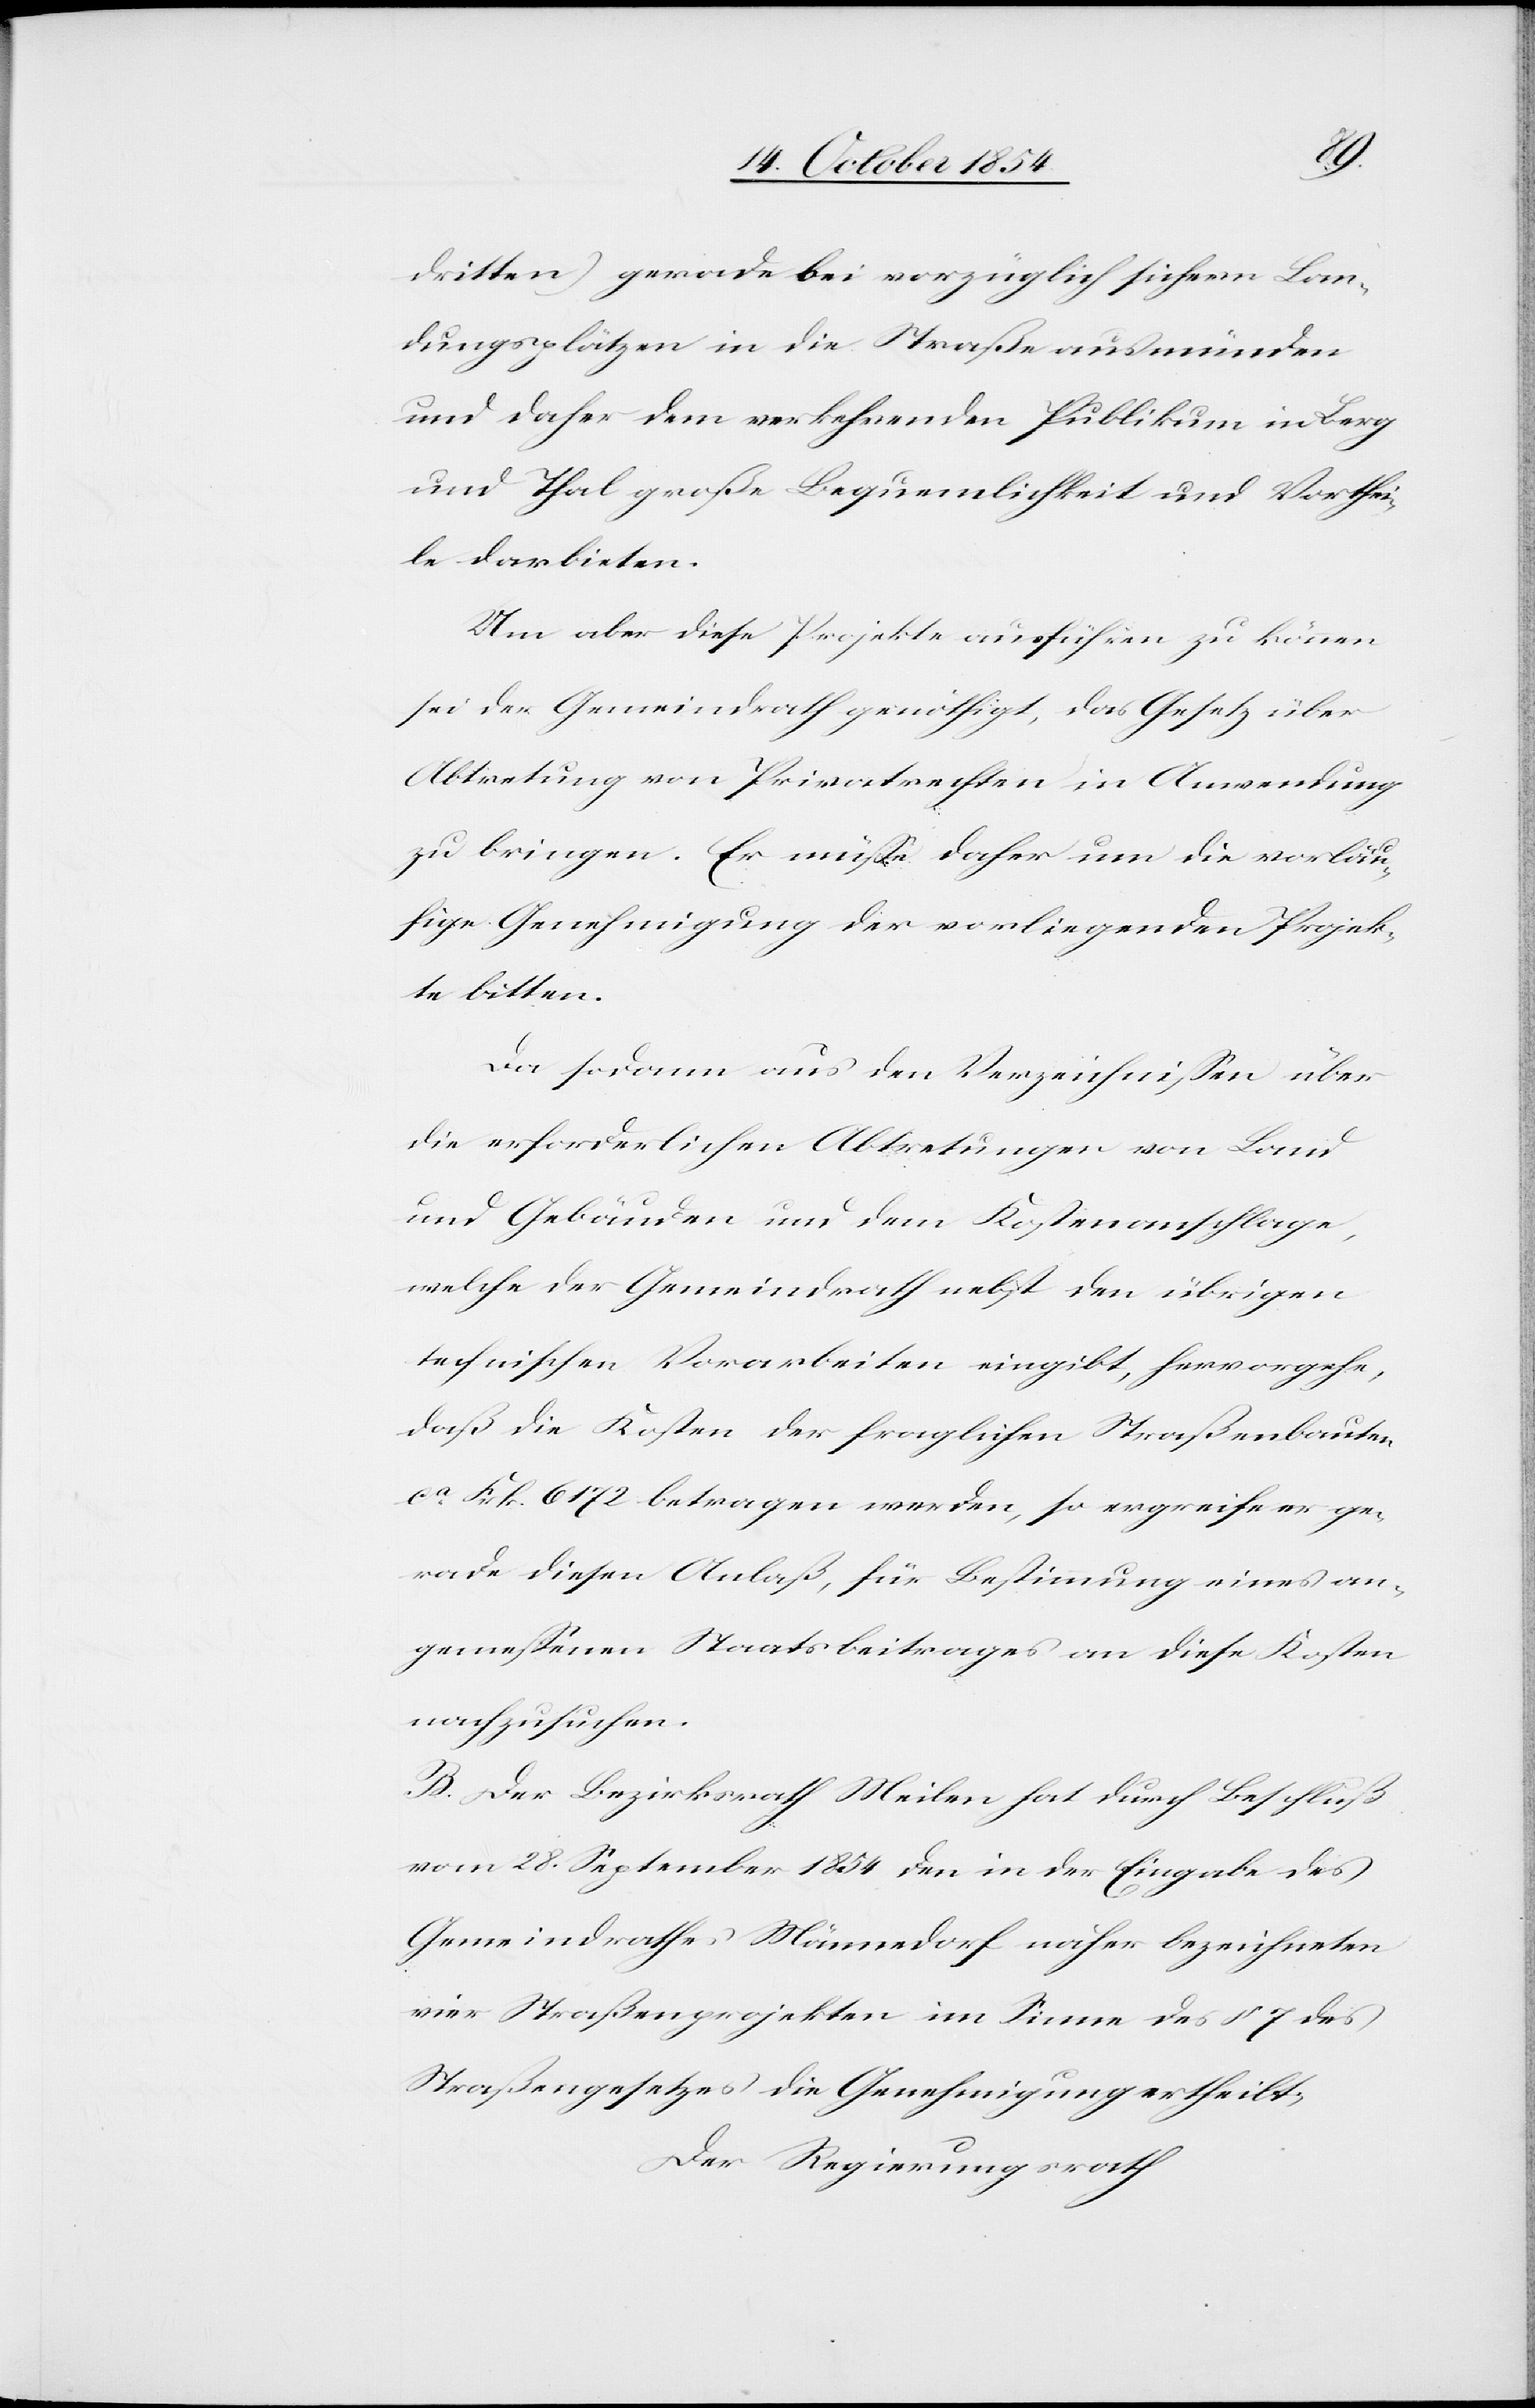
dritten) gerade bei vorzüglich sichern Lan¬
dungsplätzen in die Straße ausmünden
und daher dem verkehrenden Publikum in Berg
und Thal große Bequemlichkeit und Vorthei¬
le darbieten.
Um aber diese Projekte ausführen zu können
sei der Gemeindrath genöthigt, das Gesetz über
Abtretung von Privatrechten in Anwendung
zu bringen. Er müße daher um die vorläu¬
fige Genehmigung der vorliegenden Projek¬
te bitten.
Da sodann aus den Verzeichnißen über
die erforderlichen Abtretungen von Land
und Gebäuden und dem Kostenanschlage,
welche der Gemeindrath nebst den übrigen
technischen Vorarbeiten eingibt, hervorgehe,
daß die Kosten der fraglichen Straßenbauten
ca Frk. 6172 betragen werden, so ergreife er ge¬
rade diesen Anlaß, für Bestimmung eines an¬
gemeßenen Staatsbeitrages an diese Kosten
nachzusuchen.
B. Der Bezirksrath Meilen hat durch Beschluß
vom 28. September 1854 den in der Eingabe des
Gemeindrathes Männedorf näher bezeichneten
vier Straßenprojekten im Sinne des § 7 des
Straßengesetzes die Genehmigung ertheilt;
Der Regierungsrath